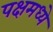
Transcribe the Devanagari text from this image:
पक्षमध्ये